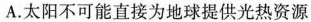
A.太阳不可能直接为地球提供光热资源